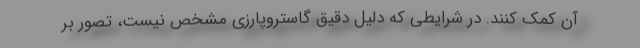
آن کمک کنند. در شرایطی که دلیل دقیق گاستروپارزی مشخص نیست، تصور بر